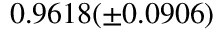
0 . 9 6 1 8 ( \pm 0 . 0 9 0 6 )